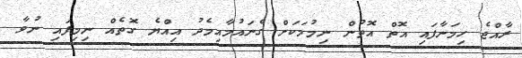
ރާއްޖެ ހިމަނާފައި އޮތް އޮތުން ނިމުމަކަށް ގެނައުމާއިމެދު އިއްޔެ ގޮތެއް ނިމިފައި ނުވާ